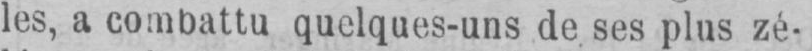
les, a combattu quelques-uns de ses plus zé-